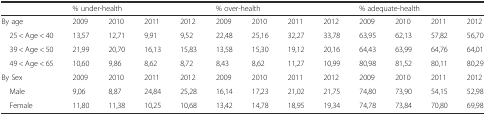
|  | <COLSPAN=4> % under-health | <COLSPAN=4> % over-health | <COLSPAN=4> % adequate-health |
 | --- | --- | --- | --- | --- | --- | --- | --- | --- | --- | --- | --- | --- |
 | By age | 2009 | 2010 | 2011 | 2012 | 2009 | 2010 | 2011 | 2012 | 2009 | 2010 | 2011 | 2012 |
 | 25 < Age < 40 | 13,57 | 12,71 | 9,91 | 9,52 | 22,48 | 25,16 | 32,27 | 33,78 | 63,95 | 62,13 | 57,82 | 56,70 |
 | 39 < Age < 50 | 21,99 | 20,70 | 16,13 | 15,83 | 13,58 | 15,30 | 19,12 | 20,16 | 64,43 | 63,99 | 64,76 | 64,01 |
 | 49 < Age < 65 | 10,60 | 9,86 | 8,62 | 8,72 | 8,43 | 8,62 | 11,27 | 10,99 | 80,98 | 81,52 | 80,11 | 80,29 |
 | By Sex | 2009 | 2010 | 2011 | 2012 | 2009 | 2010 | 2011 | 2012 | 2009 | 2010 | 2011 | 2012 |
 | Male | 9,06 | 8,87 | 24,84 | 25,28 | 16,14 | 17,23 | 21,02 | 21,75 | 74,80 | 73,90 | 54,15 | 52,98 |
 | Female | 11,80 | 11,38 | 10,25 | 10,68 | 13,42 | 14,78 | 18,95 | 19,34 | 74,78 | 73,84 | 70,80 | 69,98 |